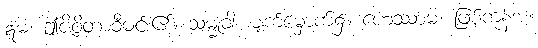
ဣမံ၊ ဤဇိဝိတာဝီမင်း၏။ သမ္မုခါ၊ မျက်မှောက်၌။ ဟေဿာမ၊ ဖြစ်ကုန်အံ့။